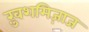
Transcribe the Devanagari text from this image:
ख़ुशमिज़ाज